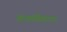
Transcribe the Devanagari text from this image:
का।कॉर्टिकॉस्टरॉएड